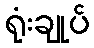
ရုံးချုပ်